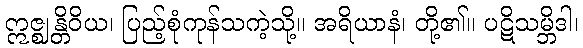
ဣဇ္ဈန္တိဝိယ၊ ပြည့်စုံကုန်သကဲ့သို့။ အရိယာနံ၊ တို့၏။ ပဋိသမ္ဘိဒါ၊